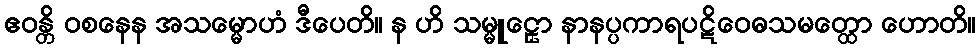
ဧဝန္တိ ဝစနေန အသမ္မောဟံ ဒီပေတိ။ န ဟိ သမ္မူဠှော နာနပ္ပကာရပဋိဝေဓသမတ္ထော ဟောတိ။